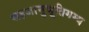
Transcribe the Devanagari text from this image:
सहजानुभूतिगम्य